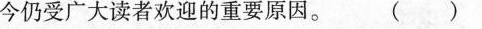
至今仍受广大读者欢迎的重要原因。 ()